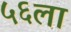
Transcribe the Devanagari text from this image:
५६ला